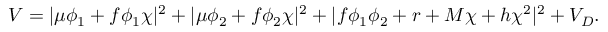
V = | \mu \phi _ { 1 } + f \phi _ { 1 } \chi | ^ { 2 } + | \mu \phi _ { 2 } + f \phi _ { 2 } \chi | ^ { 2 } + | f \phi _ { 1 } \phi _ { 2 } + r + M \chi + h \chi ^ { 2 } | ^ { 2 } + V _ { D } .